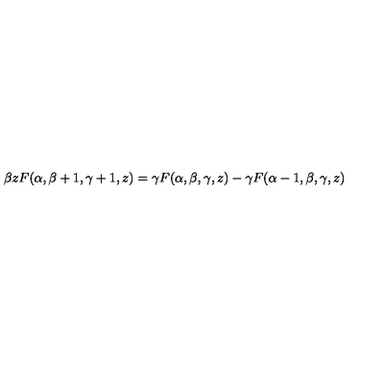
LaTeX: \beta z F ( \alpha , \beta + 1 , \gamma + 1 , z ) = \gamma F ( \alpha , \beta , \gamma , z ) - \gamma F ( \alpha - 1 , \beta , \gamma , z )